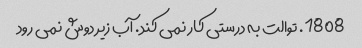
1808. توالت به درستی کار نمی کند. آب زیر دوش نمی رود